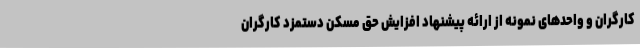
کارگران و واحدهای نمونه از ارائه پیشنهاد افزایش حق مسکن دستمزد کارگران